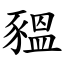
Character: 豱